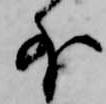
外